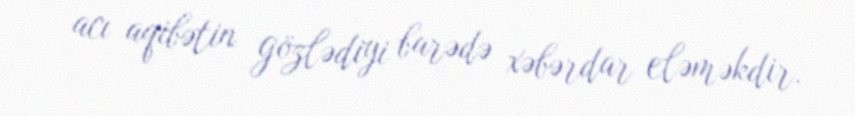
acı aqibətin gözlədiyi barədə xəbərdar eləməkdir.